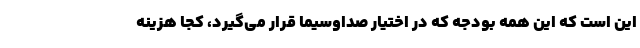
این است که این همه بودجه که در اختیار صداوسیما قرار می‌گیرد، کجا هزینه